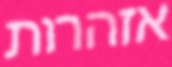
אזהרות